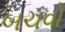
બચવો